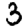
Digit: 3